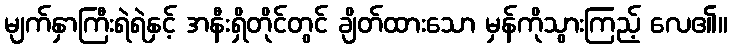
မျက်နှာကြီးရဲရဲနှင့် အနီးရှိတိုင်တွင် ချိတ်ထားသော မှန်ကိုသွားကြည့် လေ၏။